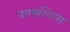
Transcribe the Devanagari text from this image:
पायथॅगोरस